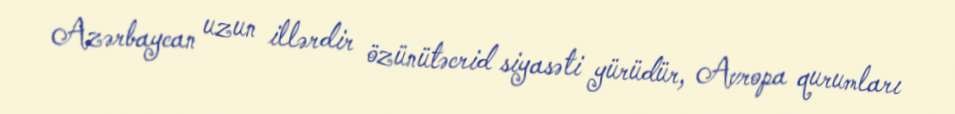
Azərbaycan uzun illərdir özünütəcrid siyasəti yürüdür, Avropa qurumları